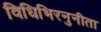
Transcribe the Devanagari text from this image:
विधिभिरनुनीता